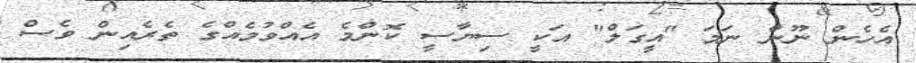
އެހެން ނޫން ނަމަ "އީގަލް" އަކީ ސިޔާސީ ކޮންމެ އެއްވުމެއްގެ ތެރެއިން ވެސް